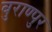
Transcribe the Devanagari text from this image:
बुराण्पुर